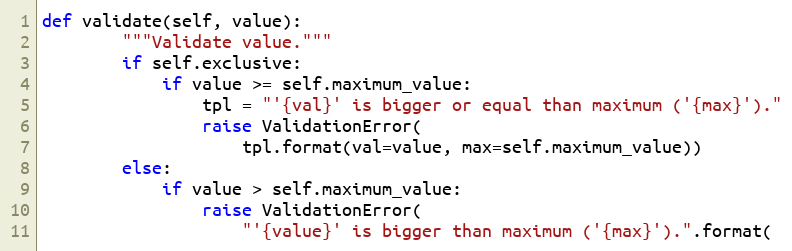
Language: Python
def validate(self, value):
        """Validate value."""
        if self.exclusive:
            if value >= self.maximum_value:
                tpl = "'{val}' is bigger or equal than maximum ('{max}')."
                raise ValidationError(
                    tpl.format(val=value, max=self.maximum_value))
        else:
            if value > self.maximum_value:
                raise ValidationError(
                    "'{value}' is bigger than maximum ('{max}').".format(